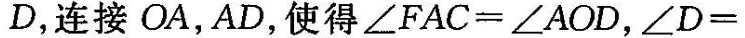
D，连接OA，AD，使得$$∠ F A C = ∠ A O D，∠ D =